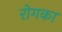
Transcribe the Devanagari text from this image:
रोगका